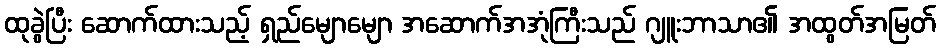
ထုခွဲပြီး ဆောက်ထားသည့် ရှည်မျောမျော အဆောက်အအုံကြီးသည် ဂျူးဘာသာ၏ အထွတ်အမြတ်